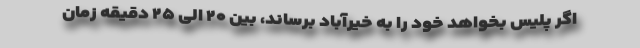
اگر پلیس بخواهد خود را به خیرآباد برساند، بین ۲۰ الی ۲۵ دقیقه زمان